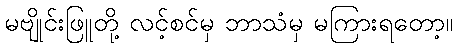
မဗျိုင်းဖြူတို့ လင့်စင်မှ ဘာသံမှ မကြားရတော့။